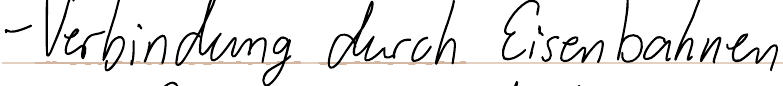
- Verbindung durch Eisenbahnen